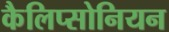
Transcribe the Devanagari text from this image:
कैलिप्सोनियन